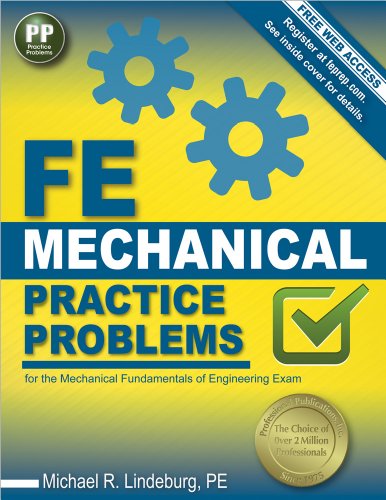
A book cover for FE Mechanical Practice Problems; Michael  R. Lindeburg PE; Test Preparation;